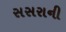
સસરાની